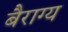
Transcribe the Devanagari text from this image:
बैराग्य